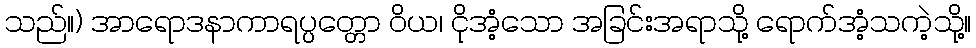
သည်။) အာရောဒနာကာရပ္ပတ္တော ဝိယ၊ ငိုအံ့သော အခြင်းအရာသို့ ရောက်အံ့သကဲ့သို့။